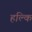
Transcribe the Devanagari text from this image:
हल्कि